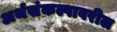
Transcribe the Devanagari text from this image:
अर्थसंकल्पावरील